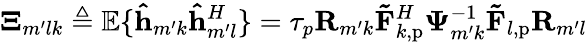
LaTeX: \mathbf{\Xi}_{m^{\prime}lk}\triangleq\mathbb{E}\{ \mathbf{\hat{h}}_{m^{\prime}k}\mathbf{\hat{h}}_{m^{\prime}l}^{H}\} =\tau_{p}\mathbf{R}_{m^{\prime}k}\mathbf{\tilde{F}}_{k,\mathrm{p}}^{H}\mathbf{\Psi}_{m^{\prime}k}^{-1}\mathbf{\tilde{F}}_{l,\mathrm{p}}\mathbf{R}_{m^{\prime}l}